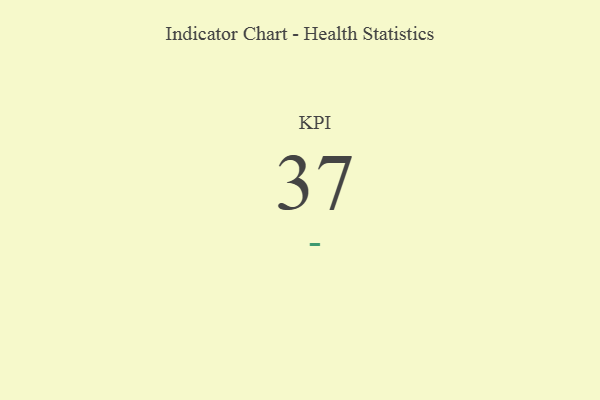
{"axis": {"x": "KPI", "y": "Value"}, "legend": [""], "data": [{"x": "KPI", "y": 37, "type": ""}]}